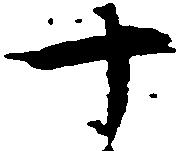
十